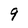
Character: 9